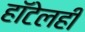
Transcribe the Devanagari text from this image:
हॉटेलही